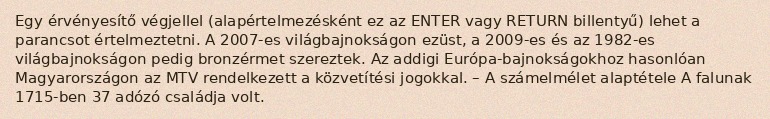
Egy érvényesítő végjellel (alapértelmezésként ez az ENTER vagy RETURN billentyű) lehet a parancsot értelmeztetni. A 2007-es világbajnokságon ezüst, a 2009-es és az 1982-es világbajnokságon pedig bronzérmet szereztek. Az addigi Európa-bajnokságokhoz hasonlóan Magyarországon az MTV rendelkezett a közvetítési jogokkal. – A számelmélet alaptétele A falunak 1715-ben 37 adózó családja volt.